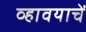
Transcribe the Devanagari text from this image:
व्हावयाचें